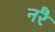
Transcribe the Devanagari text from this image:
नरै